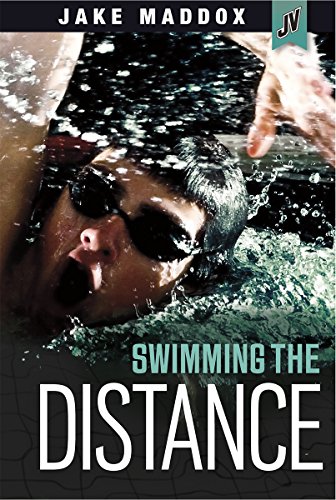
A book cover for Swimming the Distance (Jake Maddox JV); Jake Maddox; Health, Fitness & Dieting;